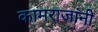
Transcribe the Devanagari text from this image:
कामराजांनी